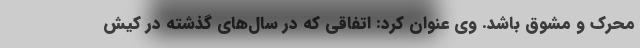
محرک و مشوق باشد. وی عنوان کرد: اتفاقی که در سال‌های گذشته در کیش